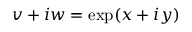
v + i w = \exp ( x + i y )